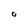
Character: O